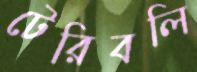
টেরিবলি